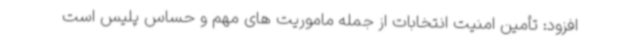
افزود: تأمین امنیت انتخابات از جمله ماموریت های مهم و حساس پلیس است